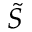
\tilde { S }